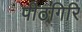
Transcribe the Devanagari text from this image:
पीठगिरि